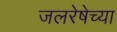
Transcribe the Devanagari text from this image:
जलरेषेच्या